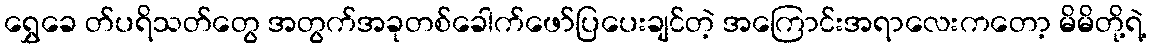
ရွှေခေ တ်ပရိသတ်တွေ အတွက်အခုတစ်ခေါက်ဖော်ပြပေးချင်တဲ့ အကြောင်းအရာလေးကတော့ မိမိတို့ရဲ့